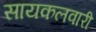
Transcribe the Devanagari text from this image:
सायकलवारी